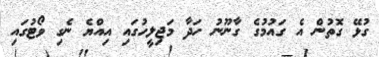
ގުޅޭ ގޮތުން އެ ގައުމުގެ ގާނޫނު ހަދާ މަޖިލީހުގައި އިއްޔެ ނެގި ވޯޓުގައި